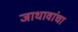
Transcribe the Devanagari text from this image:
जाधावांचा